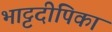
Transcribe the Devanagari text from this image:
भाट्टदीपिका